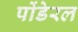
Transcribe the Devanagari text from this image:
पोंडेरल